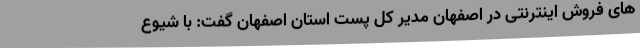
های فروش اینترنتی در اصفهان مدیر کل پست استان اصفهان گفت: با شیوع